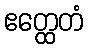
ဧတ္ထေတံ